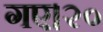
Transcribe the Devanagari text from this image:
गए।२०